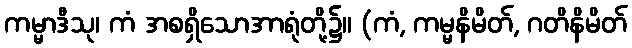
ကမ္မာဒီသု၊ ကံ အစရှိသောအာရုံတို့၌။ (ကံ, ကမ္မနိမိတ်, ဂတိနိမိတ်